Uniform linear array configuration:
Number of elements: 24
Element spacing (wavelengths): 0.75
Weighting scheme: uniform
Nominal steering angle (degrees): -15
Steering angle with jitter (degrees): -13.442
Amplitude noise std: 0.05
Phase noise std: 0.05

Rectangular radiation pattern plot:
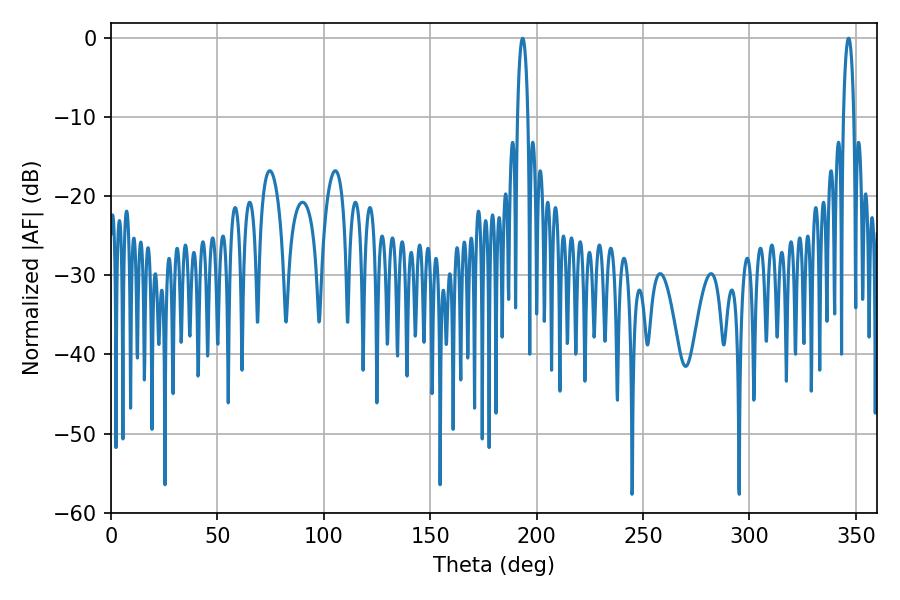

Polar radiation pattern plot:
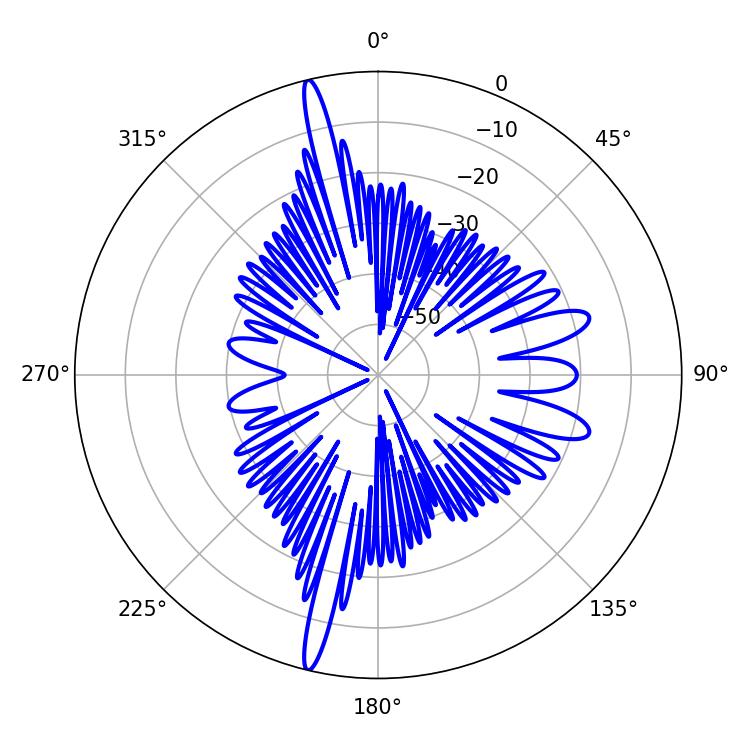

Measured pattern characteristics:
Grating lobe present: TRUE
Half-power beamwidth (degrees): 2.7
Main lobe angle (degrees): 346.5